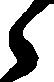
之